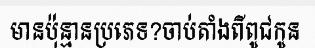
មានប៉ុន្មានប្រភេទ?ចាប់តាំងពីពូជកូន